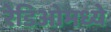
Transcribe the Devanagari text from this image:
रेडिओमध्ये